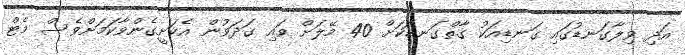
އަދި ވިލާގަނޑުގައި ގަނޑިއަކު ގާތްގަނޑަކަށް 40 މޭލަށް ވައި ގަދަވުން އެކަށީގެންވާކަމަށްވެސް މެޓް